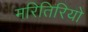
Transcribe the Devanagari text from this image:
मरितिरियो